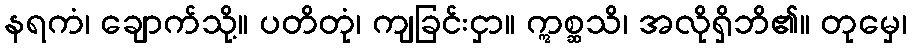
နရကံ၊ ချောက်သို့။ ပတိတုံ၊ ကျခြင်းငှာ။ ဣစ္ဆသိ၊ အလိုရှိဘိ၏။ တုမှေ၊